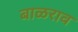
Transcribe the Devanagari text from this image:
बाळराव